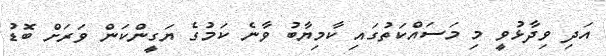
އަދި ވިދާޅުވީ މި މަސައްކަތުގައި ކާމިޔާބު ވާނެ ކަމުގެ ޔަގީންކަން ވަރަށް ބޮޑު